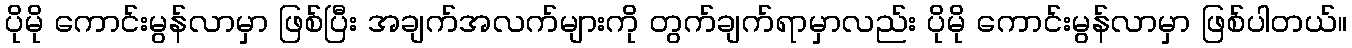
ပိုမို ကောင်းမွန်လာမှာ ဖြစ်ပြီး အချက်အလက်များကို တွက်ချက်ရာမှာလည်း ပိုမို ကောင်းမွန်လာမှာ ဖြစ်ပါတယ်။